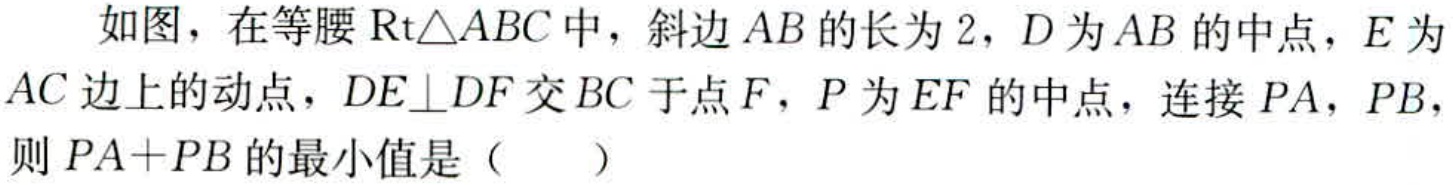
如图，在等腰$\text{Rt}\triangle ABC$中，斜边$AB$的长为$2$，$D$为$AB$的中点，$E$为$AC$边上的动点，$DE\perp DF$交$BC$于点$F$，$P$为$EF$的中点，连接$PA$，$PB$，则$PA + PB$的最小值是（  ）